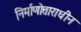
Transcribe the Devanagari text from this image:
निर्माणोत्ताराधीन